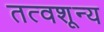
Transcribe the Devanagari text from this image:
तत्वशून्य